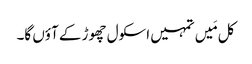
کل مَیں تمہیں اسکول چھوڑ کے آؤں گا۔